Report on the working of the Ranchi Indian Mental Hospital, Kanke, in Bihar and Orissa - 1930-1940
Year: 1930
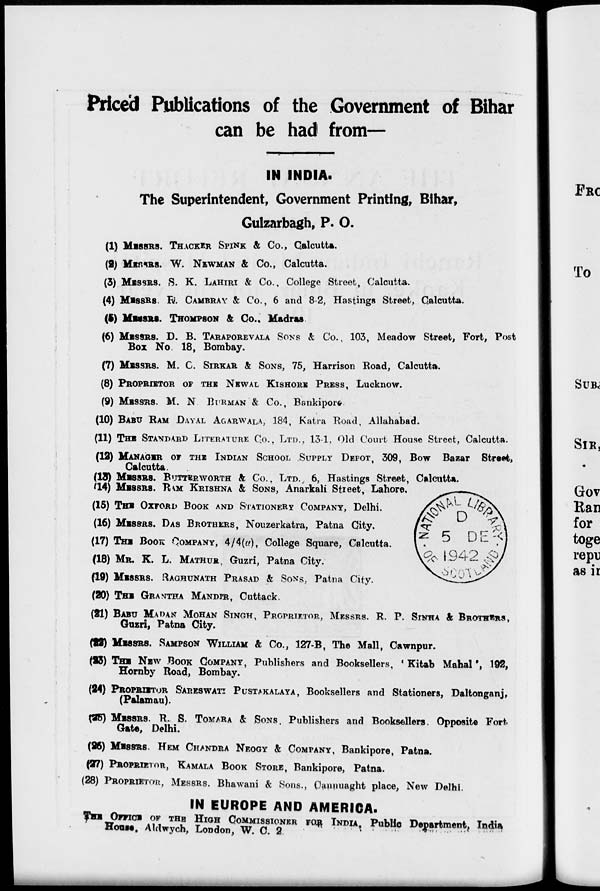
Priced Publications of the Government of Bihar
can be had from—
IN INDIA.
The Superintendent, Government Printing, Bihar,
Gulzarbagh, P. O.
(1) MESSRS. THACKER SPINK & Co., Calcutta.
(2) MESSRS. W. NEWMAN & Co., Calcutta.
(3) MESSRS. S. K. LAHIRI& Co., College Street, Calcutta.
(4) MESSRS. R. CAMBRAY & Co., 6 and 8-2, Hastings Street, Calcutta.
(5) MESSRS. THOMPSON & Co., Madras.
(6) MESSRS. D. B. TARAPOREVALA SONS & Co., 103, Meadow Street, Fort, Post
Box No. 18, Bombay.
(7) MESSRS. M. C. SIRKAR& SONS, 75, Harrison Road, Calcutta.
(8) PROPRIETOR OF THE NEWAL KISHORE PRESS, Lucknow.
(9) MESSRS. M. N BURMAN & Co., Bankipore
(10) BABU RAM DAYAL AGARWALA, 184, Katra Road, Allahabad.
(11)THE STANDARD LITERATURE Co., LTD., 13-1, Old Court House Street, Calcutta.
(12)MANAGER OF THE INDIAN SCHOOL SUPPLY DEPOT, 309, Bow Bazar Street,
Calcutta.
(13) MESSRS. BUTTREWORTH & Co., LTD., 6, Hastings Street, Calcutta.
(14) MESSRS. RAM KRISHNA & SONS, Anarkali Street, Lahore,
(15) THE OXFORD BOOK AND STATIONERY COMPANY, Delhi.
(16) MESSES. DAS BROTHERS, Nouzerkatra, Patna City.
(17) THE BOOK COMPANY, 4/4(a), College Square, Calcutta.
(18) MR. K. L. MATHUR, Guzri, Patna City.
(19) MESSES.RAGHUNATH PRASAD & SONS, Patna City.
(20) THE GRANTHA MANDIR , Cuttack.
(21) BABU MADAN MOHAN SINGH, PROPRIETOR, MESSRS. R. P. SINHA & BROTHES,
Guzri, Patna City.
(22) MESSRS. SAMPSON WILLIAM & CO., & Co., 127-B, The Mall, Cawnpur.
(23) THE NEW BOOK COMPANY, Publishers and Booksellers, ' Kitab Mahal ', 192,
Hornby Road, Bombay.
(24)PROPRITOR SARESWATI PUSTAKALAYA, Booksellers and Stationers, Daltonganj,
(Palamau).
(25) MESSRS. R. S. TOMARA & SONS. Publishers and Booksellers. Opposite Fort
Gate, Delhi.
(26) MESSRS. HEM CHANDRA NEOGY & COMPANY, Bankipore, Patna.
(27) PROPRITOR, KAMALA BOOK STORE, Bankipore, Patna.
(28) PROPRIETOR , MESSRS. Bhawani & Sons., Cannuaght place, New Delhi.
IN EUROPE AND AMERICA.
THE HIGH COMMISSIONER FOR INDIA ,Public Department , India
House, Aldwych, London, W. C. 2.